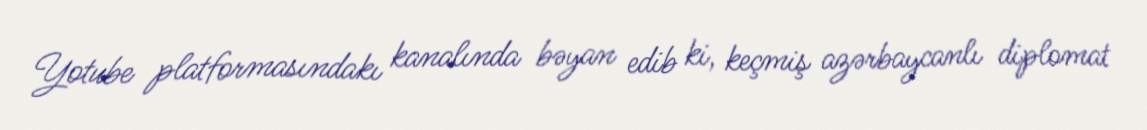
Yotube platformasındakı kanalında bəyan edib ki, keçmiş azərbaycanlı diplomat